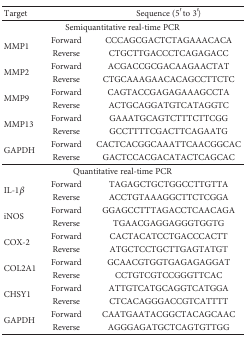
| <COLSPAN=2> Target | Sequence (5′ to 3′) |
 | --- | --- | --- |
 | <COLSPAN=3> Semiquantitative real-time PCR |
 | <ROWSPAN=2> MMP1 | Forward | CCCAGCGACTCTAGAAACACA |
 | Reverse | CTGCTTGACCCTCAGAGACC |
 | <ROWSPAN=2> MMP2 | Forward | ACGACCGCGACAAGAACTAT |
 | Reverse | CTGCAAAGAACACAGCCTTCTC |
 | <ROWSPAN=2> MMP9 | Forward | CAGTACCGAGAGAAAGCCTA |
 | Reverse | ACTGCAGGATGTCATAGGTC |
 | <ROWSPAN=2> MMP13 | Forward | GAAATGCAGTCTTTCTTCGG |
 | Reverse | GCCTTTTCGACTTCAGAATG |
 | <ROWSPAN=2> GAPDH | Forward | CACTCACGGCAAATTCAACGGCAC |
 | Reverse | GACTCCACGACATACTCAGCAC |
 | <COLSPAN=3> Quantitative real-time PCR |
 | <ROWSPAN=2> IL-1β | Forward | TAGAGCTGCTGGCCTTGTTA |
 | Reverse | ACCTGTAAAGGCTTCTCGGA |
 | <ROWSPAN=2> iNOS | Forward | GGAGCCTTTAGACCTCAACAGA |
 | Reverse | TGAACGAGGAGGGTGGTG |
 | <ROWSPAN=2> COX-2 | Forward | CACTACATCCTGACCCACTT |
 | Reverse | ATGCTCCTGCTTGAGTATGT |
 | <ROWSPAN=2> COL2A1 | Forward | GCAACGTGGTGAGAGAGGAT |
 | Reverse | CCTGTCGTCCGGGTTCAC |
 | <ROWSPAN=2> CHSY1 | Forward | ATTGTCATGCAGGTCATGGA |
 | Reverse | CTCACAGGGACCGTCATTTT |
 | <ROWSPAN=2> GAPDH | Forward | CAATGAATACGGCTACAGCAAC |
 | Reverse | AGGGAGATGCTCAGTGTTGG |